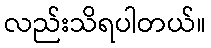
လည်းသိရပါတယ်။